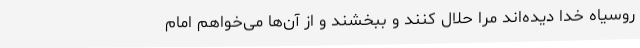
روسیاه خدا دیده‌اند مرا حلال کنند و ببخشند و از آن‌ها می‌خواهم امام